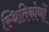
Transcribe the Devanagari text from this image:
स्थितिकोणों